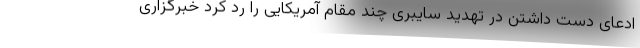
ادعای دست داشتن در تهدید سایبری چند مقام آمریکایی را رد کرد خبرگزاری